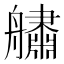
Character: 𦪲